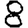
Digit: 8